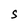
Character: S